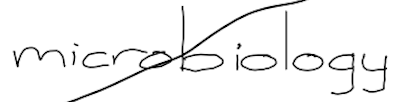
Text: microbiology
Cross-out: diagonal
Writing tool: digital_black